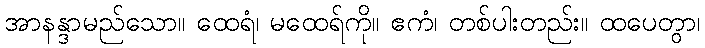
အာနန္ဒာမည်သော။ ထေရံ၊ မထေရ်ကို။ ဧကံ၊ တစ်ပါးတည်း။ ထပေတွာ၊